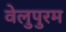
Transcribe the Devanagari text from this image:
वेलुपुरम